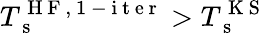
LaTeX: T_{\mathrm{~s~}}^{\mathrm{~H~F~,~1~-~i~t~e~r~}}>T_{\mathrm{~s~}}^{\mathrm{~K~S~}}